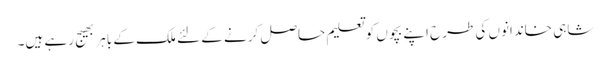
شاہی خاندانوں کی طرح اپنے بچوں کو تعلیم حاصل کرنے کے لئے ملک کے باہر بھیج رہے ہیں۔